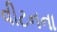
વીટનના